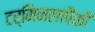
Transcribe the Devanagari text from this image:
टर्मिनलांपैकी